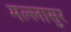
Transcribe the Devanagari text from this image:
मल्लासुर